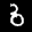
Label: 6